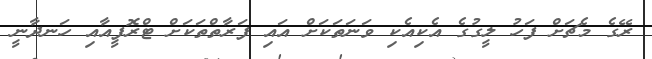
ރޭގެ މެޗަށް ފަހު ލީގުގެ އެކިއެކި ވަނަތަކަށް އައި ފަރާތްތަކަށް ޓްރޮފީއާއި ހަނދާނީ